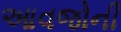
આવજોની